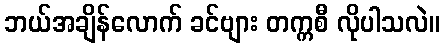
ဘယ်အချိန်လောက် ခင်ဗျား တက္ကစီ လိုပါသလဲ။